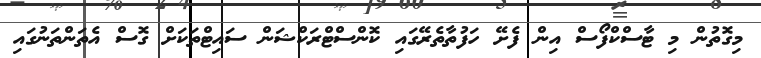
މިގޮތުން މި ޓާސްކްފޯސް އިން ފެށޭ ހަފުތާތެރޭގައި ކޮންސްޓްރަކްޝަން ސައިޓްތަކަށް ގޮސް އެތަންތަނުގައި